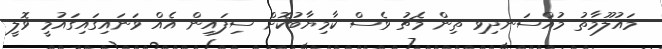
މައުލޫމާތު މުއްސަނދިވި ތިން މެޗު ވެސް ކާމިޔާބުކޮށް ސިފައިން އެއް ވަނައިގައިގައުމީ ވޮލީ